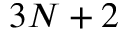
3 N + 2